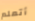
أتعلم